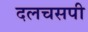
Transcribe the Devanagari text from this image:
दलचसपी